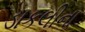
ડાકલીના